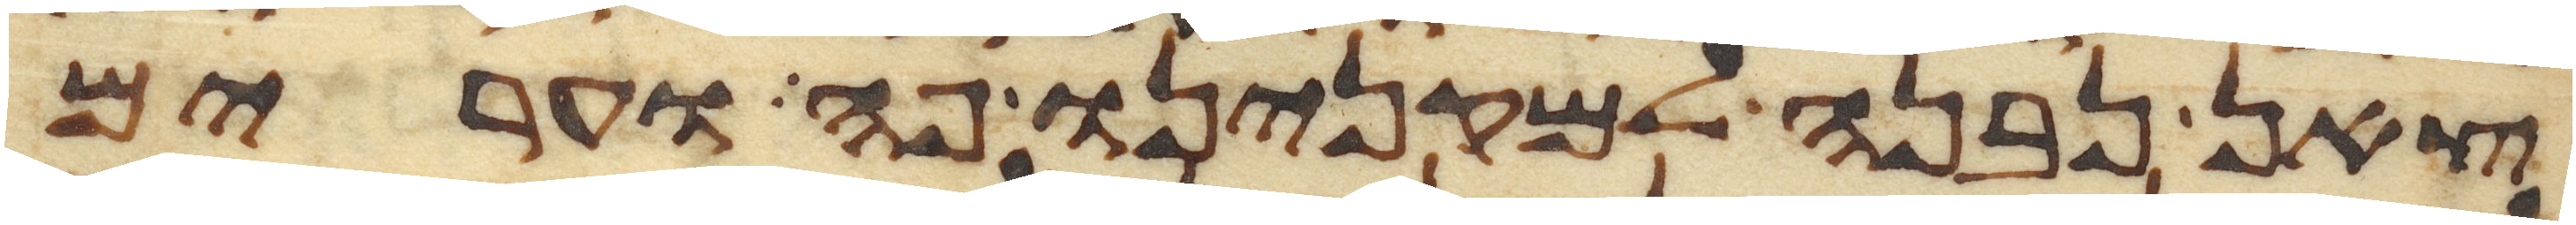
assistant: צאן נבנה למקנינו פה וערים